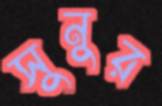
সুনুর